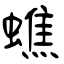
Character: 蟭